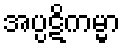
အပ္ပဋိကမ္မာ